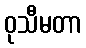
ဝုသီမတာ